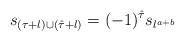
LaTeX: \begin{gather*} s_{(\tau+l)\cup (\hat{\tau}+l)}=(-1)^{\hat{\tau}}s_{l^{a+b}} \end{gather*}